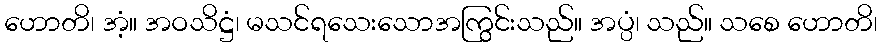
ဟောတိ၊ အံ့။ အဝသိဋ္ဌံ၊ မသင်ရသေးသောအကြွင်းသည်။ အပ္ပံ၊ သည်။ သစေ ဟောတိ၊